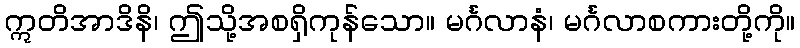
ဣတိအာဒိနိ၊ ဤသို့အစရှိကုန်သော။ မင်္ဂလာနံ၊ မင်္ဂလာစကားတို့ကို။